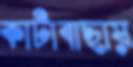
কাটাবাছায়